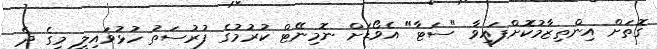
ގޮތަށް އިންތިޒާމުކޮށްފައިވާ "ސަޓާ" އެވޯޑަށް ނޮމިނޭޓް ކުރުމުގެ ފުރުސަތު ހުޅުވައިލީ މީގެ ދެ